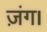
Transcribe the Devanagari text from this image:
ज़ंग।